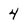
Character: 4